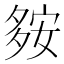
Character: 𡖨